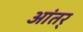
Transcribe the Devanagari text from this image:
आंतर्